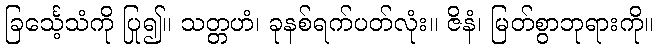
ခြင်္သေ့သံကို ပြု၍။ သတ္တဟံ၊ ခုနစ်ရက်ပတ်လုံး။ ဇိနံ၊ မြတ်စွာဘုရားကို။